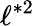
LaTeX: \ell^{*2}